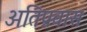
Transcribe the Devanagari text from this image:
अतिप्रवास